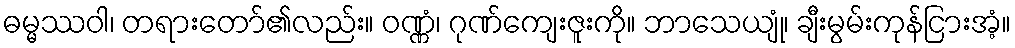
ဓမ္မဿဝါ၊ တရားတော်၏လည်း။ ဝဏ္ဏံ၊ ဂုဏ်ကျေးဇူးကို။ ဘာသေယျုံ၊ ချီးမွမ်းကုန်ငြားအံ့။